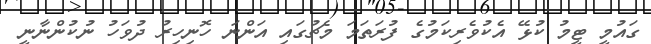
ގައުމީ ޓީމު ކުޅޭ އެކުވެރިކަމުގެ ފުރަތަމަ މެޗުގައި އަންނަ ހޮނިހިރު ދުވަހު ނުކުންނާނީ